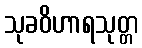
သုခဝိဟာရသုတ္တ